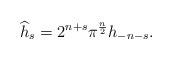
LaTeX: \begin{gather*}\widehat h_s = 2^{n+s} \pi^{\frac{n}{2}} h_{-n-s}.\end{gather*}